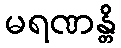
မရဏန္တိ